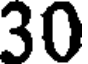
30